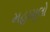
મહામૂલો